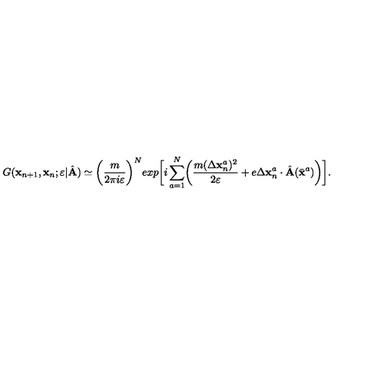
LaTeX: G ( { \bf x } _ { n + 1 } , { \bf x } _ { n } ; \varepsilon \vert { \hat { \bf A } } ) \simeq \biggl ( { \frac { m } { 2 \pi i \varepsilon } } \biggr ) ^ { N } e x p \biggl [ i \sum _ { a = 1 } ^ { N } \biggl ( { \frac { m ( \Delta { \bf x } _ { n } ^ { a } ) ^ { 2 } } { 2 \varepsilon } } + e \Delta { \bf x } _ { n } ^ { a } \cdot { \hat { \bf A } } ( { \bar { \bf x } } ^ { a } ) \biggr ) \biggr ] .